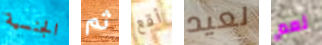
الجنسية ثم أقع لعيد نعم